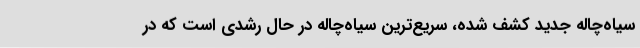
سیاه‌چاله جدید کشف شده، سریع‌ترین سیاه‌چاله در حال رشدی است که در